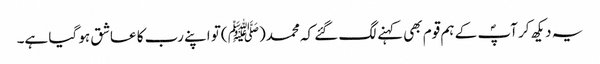
یہ دیکھ کر آپؐ کے ہم قوم بھی کہنے لگ گئے کہ محمد(ﷺ )تو اپنے رب کا عاشق ہو گیا ہے۔